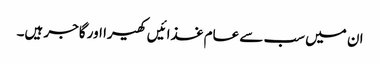
ان میں سب سے عام غذائیں کھیرا اور گاجر ہیں۔